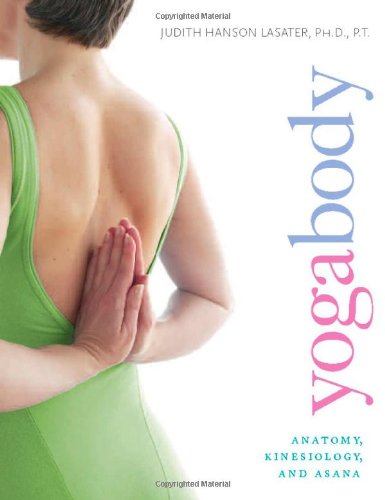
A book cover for Yogabody: Anatomy, Kinesiology, and Asana; Judith Hanson Lasater Ph.D.; Health, Fitness & Dieting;